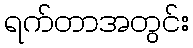
ရက်တာအတွင်း